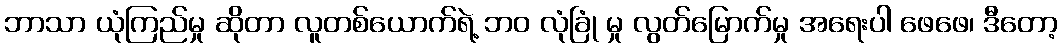
ဘာသာ ယုံကြည်မှု ဆိုတာ လူတစ်ယောက်ရဲ့ ဘဝ လုံခြုံ မှု လွတ်မြောက်မှု အရေးပါ ဖေဖေ၊ ဒီတော့